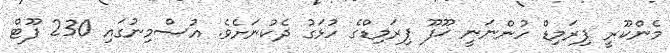
މެންކޫރީ ޕިރަމިޑް ހުންނަނީ ޚޫފޫ ޕިރަމިޑްގެ ހުޅަގު ދެކުނަށެވެ. އުސްމިނުގައި 230 ފޫޓް